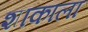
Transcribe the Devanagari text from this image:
शाकाला